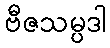
ဗီဇသမ္ပဒါ